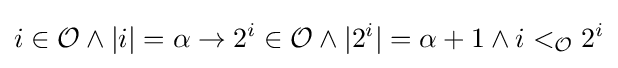
i\in {\mathcal {O}}\land |i|=\alpha \rightarrow 2^{i}\in {\mathcal {O}}\land |2^{i}|=\alpha +1\land i<_{\mathcal {O}}2^{i}